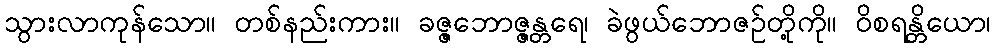
သွားလာကုန်သော။ တစ်နည်းကား။ ခဇ္ဇဘောဇ္ဇန္တရေ၊ ခဲဖွယ်ဘောဇဉ်တို့ကို။ ဝိစရန္တိယော၊